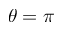
\theta = \pi